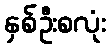
နှစ်ဦးစလုံး